King Institute of Preventive Medicine Bacteriolog. Section reports 1907-08
Year: 1907
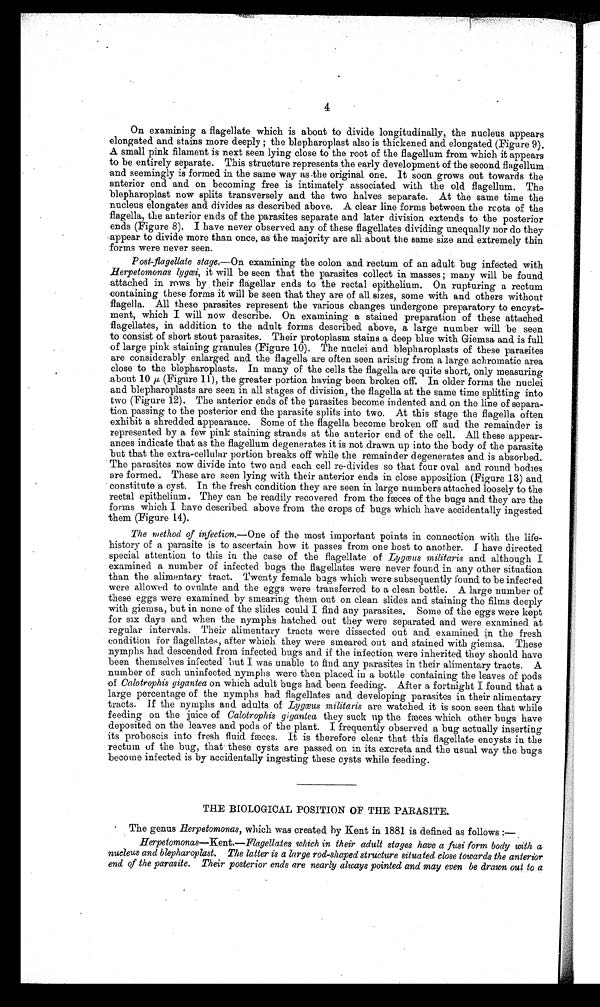
4
On examining a flagellate which is about to divide longitudinally, the nucleus appears
elongated and stains more deeply ; the blepharoplast also is thickened and elongated (Figure 9).
A small pink filament is next seen lying close to the root of the flagellum from which it appears
to be entirely separate. This structure represents the early development of the second flagellum
and seemingly is formed in the same way as the original one. It soon grows out towards the
anterior end and on becoming free is intimately associated with the old flagellum. The
blepharoplast now splits transversely and the two halves separate. At the same time the
nucleus elongates and divides as described above. A clear line forms between the roots of the
flagella, the anterior ends of the parasites separate and later division extends to the posterior
ends (Figure 8). I have never observed any of these flagellates dividing unequally nor do they
appear to divide more than once, as the majority are all about the same size and extremely thin
forms were never seen.
Po s t - f l a g e l l a t e s t a g e . —On e x a m i n i n g t h e c o l o n a n d r e c t u m o f a n a d u l t b u g i n f e c t e d w i t h
Herpetomonas lygœi, it will be seen that the parasites collect in masses ; many will be found
attached in rows by their flagellar ends to the rectal epithelium. On rupturing a rectum
containing these forms it will be seen that they are of all sizes, some with and others without
flagella. All these parasites represent the various changes undergone preparatory to encyst-
ment, which I will now describe. On examining a stained preparation of these attached
flagellates, in addition to the adult forms described above, a large number will be seen
to consist of short stout parasites. Their protoplasm stains a deep blue with Giemsa and is full
of large pink staining granules (Figure 10). The nuclei and blepharoplasts of these parasites
are considerably enlarged and the flagella are often seen arising from a large achromatic area
close to the blepharoplasts. In many of the cells the flagella are quite short, only measuring
about 10 μ (Figure 11), the greater portion having been broken off. In older forms the nuclei
and blepharoplasts are seen in all stages of division, the flagella at the same time splitting into
two (Figure 12). The anterior ends of the parasites become indented and on the line of separa-
tion passing to the posterior end the parasite splits into two. At this stage the flagella often
exhibit a shredded appearance. Some of the flagella become broken off and the remainder is
represented by a few pink staining strands at the anterior end of the cell. All these appear-
ances indicate that as the flagellum degenerates it is not drawn up into the body of the parasite
but that the extra-cellular portion breaks off while the remainder degenerates and is absorbed.
The parasites now divide into two and each cell re-divides so that four oval and round bodies
are formed. These are seen lying with their anterior ends in close apposition (Figure 13) and
constitute a cyst. In the fresh condition they are seen in large numbers attached loosely to the
rectal epithelium. They can be readily recovered from the fæces of the bugs and they are the
forms which I have described above from the crops of bugs which have accidentally ingested
them (Figure 14).
The method of infection.—One of the most important points in connection with the life-
history of a parasite is to ascertain how it passes from one host to another. I have directed
special attention to this in the case of the flagellate of Lygœus militaris and although I
examined a number of infected bugs the flagellates were never found in •any other situation
than the alimentary tract. Twenty female bugs which were subsequently found to be infected
were allowed to ovulate and the eggs were transferred to a clean bottle. A large number of
these eggs were examined by smearing them out on clean slides and staining the films deeply
with giemsa, but in none of the slides could I find any parasites. Some of the eggs were kept
for six days and when the nymphs hatched out they were separated and were examined at
regular intervals. Their alimentary tracts were dissected out and examined in the fresh
condition for flagellates, after which they were smeared out and stained with giemsa. These
nymphs had descended from infected bugs and if the infection were inherited they should have
been themselves infected - but I was unable to find any parasites in their alimentary tracts. A
number of such uninfected nymphs were then placed in a bottle containing the leaves of pods
of Calotrophis gigantea on which adult bugs had been feeding. After a fortnight I found that a
large percentage of the nymphs had flagellates and developing parasites in their alimentary
tracts. If the nymphs and adults of Lygœus militaris are watched it is soon seen that while
feeding on the juice of Calotrophis gigantea they suck up the fæces which other bugs have
deposited on the leaves and pods of the plant. I frequently observed a bug actually inserting
its proboscis into fresh fluid fæces. It is therefore clear that this flagellate encysts in the
rectum of the bug, that these cysts are passed on in its excreta and the usual way the bugs
become infected is by accidentally ingesting these cysts while feeding.
THE BIOLOGICAL POSITION OF THE PARASITE.
The genus Herpetomonas, which was created by Kent in 1881 is defined as follows :—
Herpetomonas—Kent.—Flagellates which in their adult stages have a fusi form body with a
nucleus and blepharoplast. The latter is a large rod-shaped structure situated close towards the anterior
end of the parasite. Their posterior ends are nearly always pointed and may even be drawn out to a